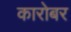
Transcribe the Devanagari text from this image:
कारोबर